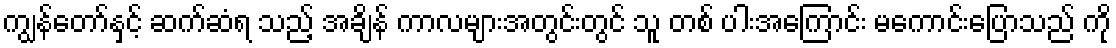
ကျွန်တော်နှင့် ဆက်ဆံရ သည့် အချိန် ကာလများအတွင်းတွင် သူ တစ် ပါးအကြောင်း မကောင်းပြောသည် ကို